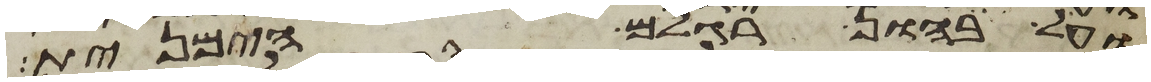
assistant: ועל בהון רגלם הימנית